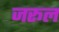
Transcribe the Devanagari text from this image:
जरूल